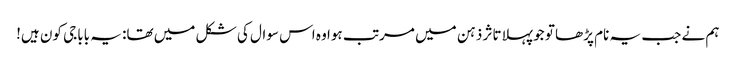
ہم نے جب یہ نام پڑھا تو جو پہلا تاثر ذہن میں مرتب ہوا وہ اس سوال کی شکل میں تھا: یہ باباجی کون ہیں!